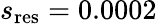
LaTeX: s_{\mathrm{res}}=0.0002